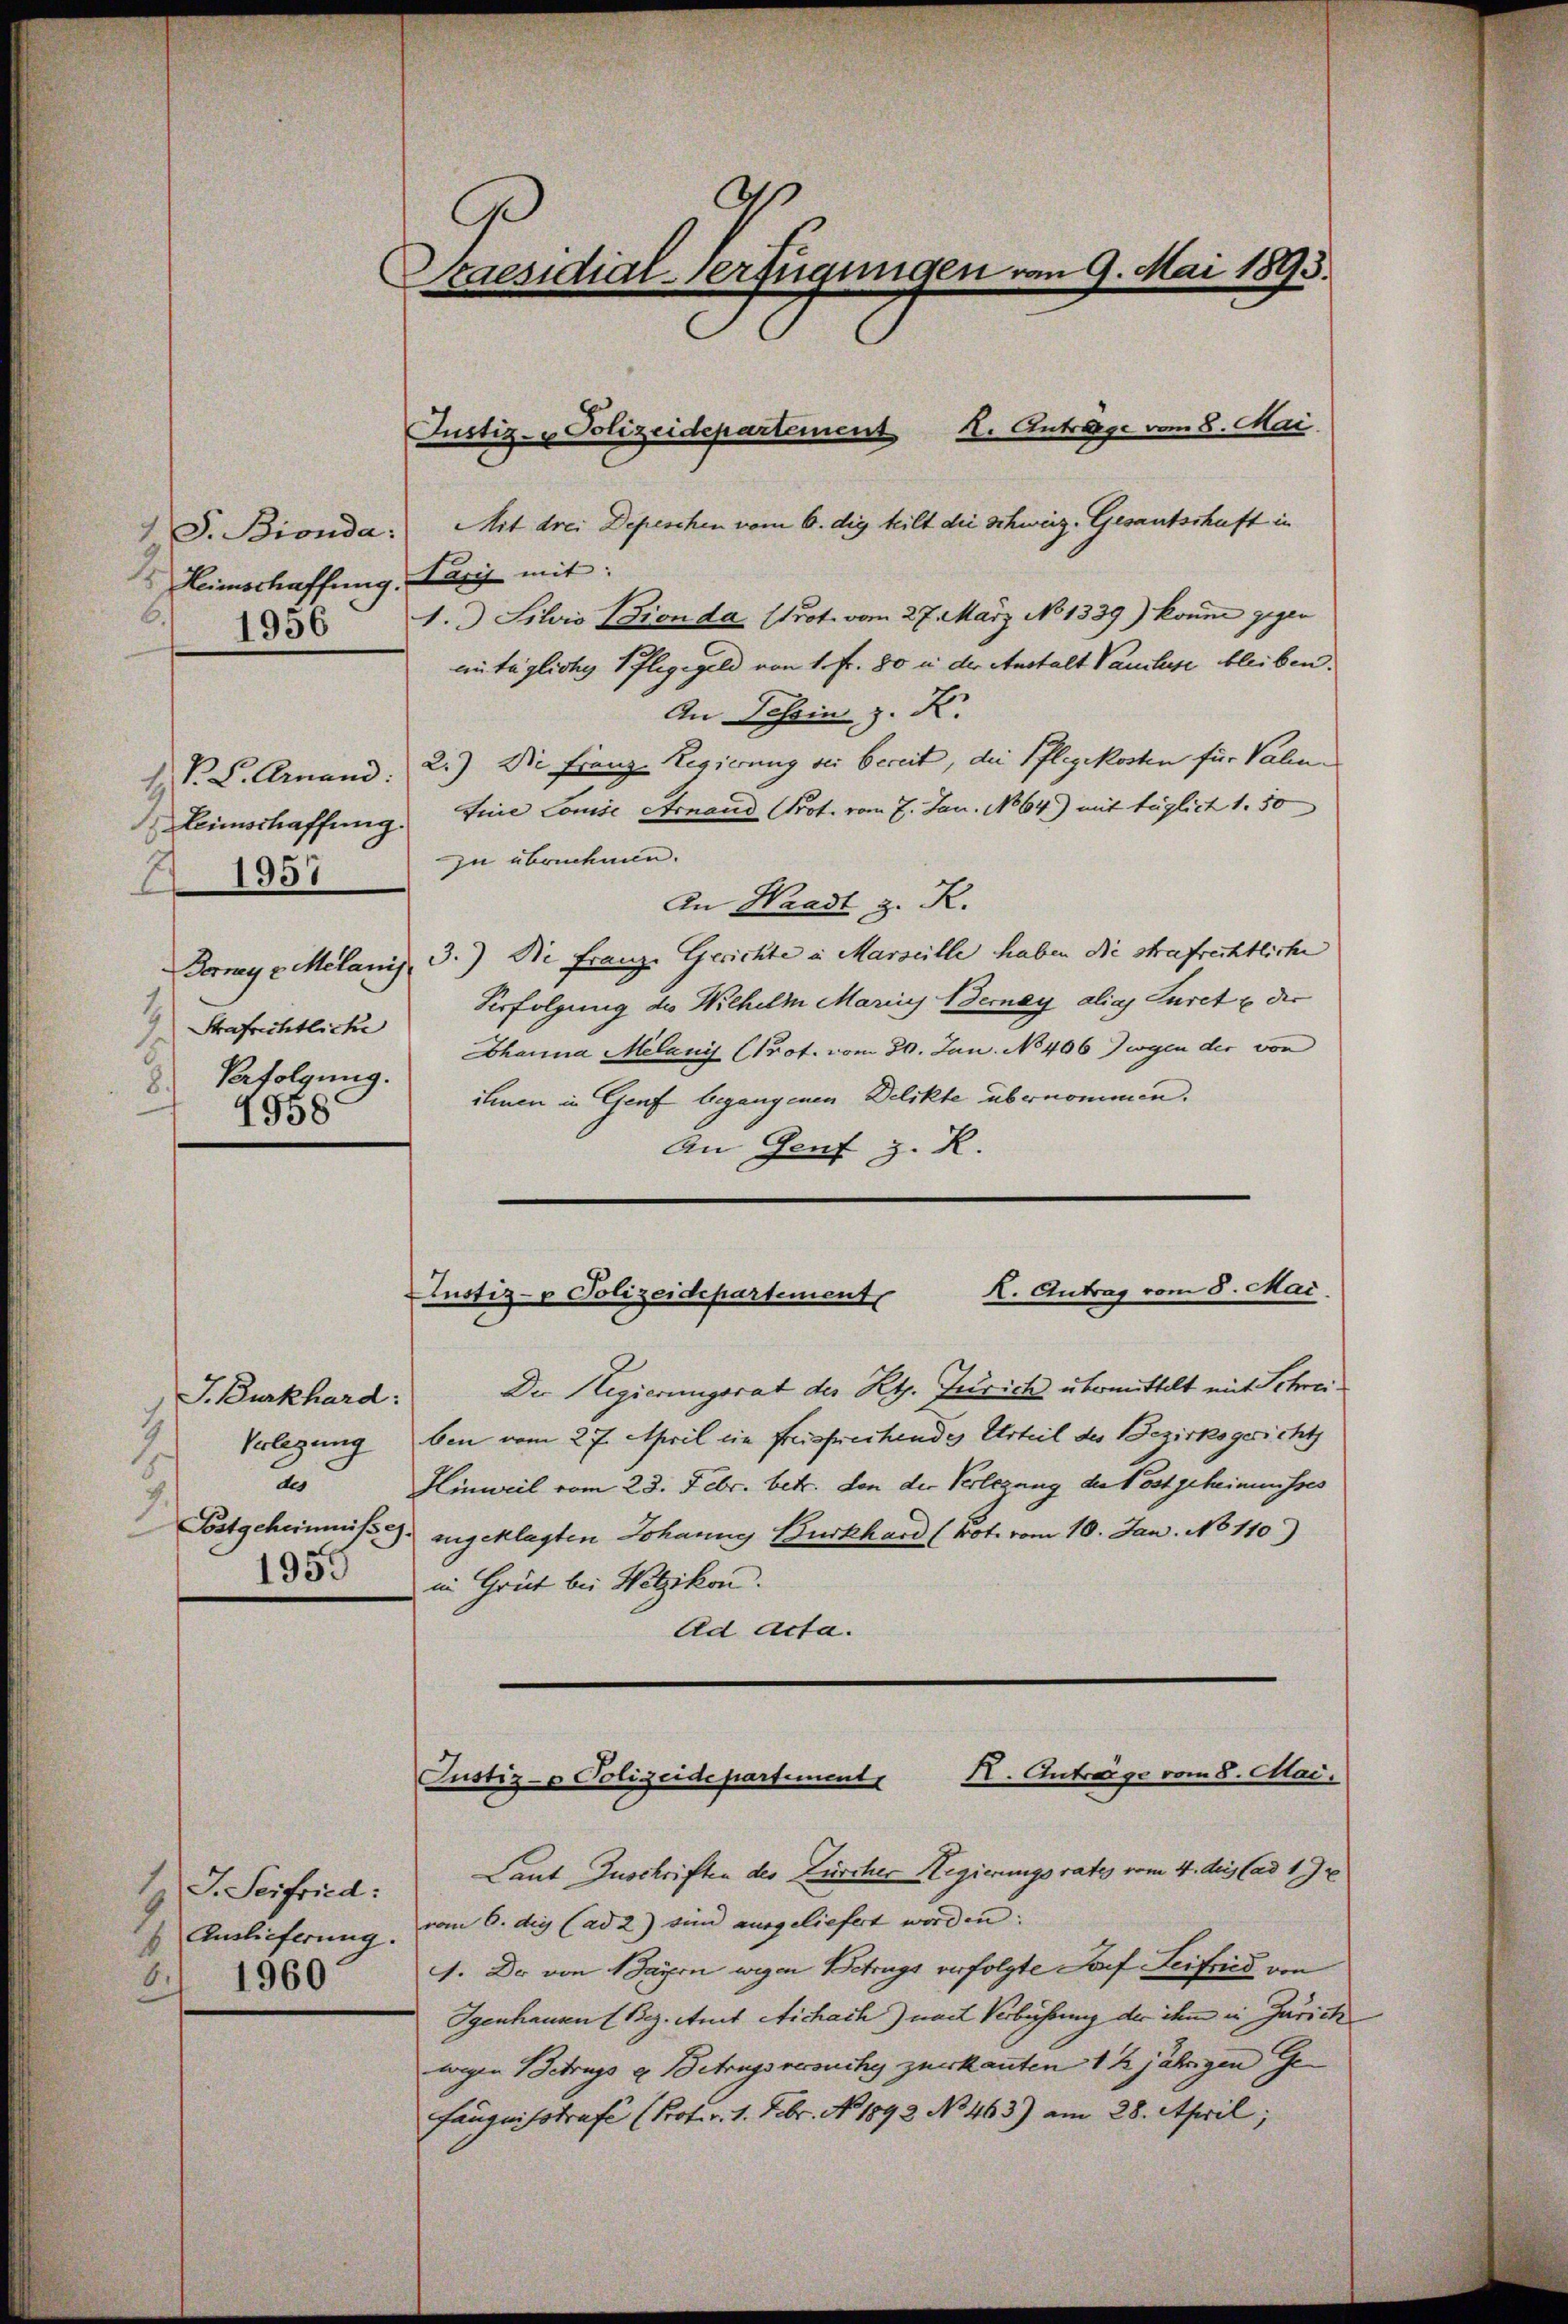
7
J. Bionda:
Heimschaffung.
6. 1936

V. P. Grand:
2
Heimschaffung.
1957
.
Dormy c. Melanis
Strafrichtliche
1
 Verfolgung.
4958

J. Burkhard:
2
Verlegung
de
8.
.
Postgeheimnisse.
1955

1 J. Seifried:
Auslieferung.
Z 1960.

s
Praesidial-Verfügungen vom 9. Mai 1895.

Justiz- & Polizeidepartement

X. Antrage vom 8. Mai.
Mit drei Depeschen vom 6. die teilt die Schweiz. Gesantschaft in
Sarii mit:
1. Silvis Bionda prot. vom 27. März No 1339) könne gegen
mntägliche Pfleggeld von 1. Fr. 80 in der Anstalt Paulus bleiben.
An Tessin z. K.
2.) Die Franz Regierung sei bereit, die Pflegekosten für Valen¬
Eine Louise Arnand Prot. vom 7. Jan. 1864) mit füglich 1. 50
zu übernehmen.
In Waadt z. R.
3.) Die Franze Gerichte in Marseille haben die strafrechtliche
Verfolgung des Wilhelm Mariis Berey alias Juret u der
Bhanna Melani (Prot. vom 30. Jan. No 406 Jwyen der von
ihnen in Genf begangenen Delikte übernommen.
An Genf z. R.
Der Regierungsrat der Rt. Jurich übermittelt mit Schreiben vom 27. April ein freisfrechendes Urteil des Bezirksgericht
Hinweil vom 23. Febr. betr. den die Verlegung der Postgeheimnisses
angeklagten Johanns Burkhard (vot. vom 10. Jan. No 110)
in Grüt bei Wetzikon.
Ad Acta.
K. Antrage vom 8. Mai.
Justiz- & Polizeidepartement
Laut Zuschriften des Zürcher Regierungsrats vom 4. Auslad 1. Ju
vom 6. die (ad 2) sind ausgeliefert worden.
. Dr von Bären wegen Betrugs verfolgte Josef Seifried von
Igenhausen (Bez. Amt Richach) nach Verbüssung der ihn in Zürich
wegen Betrugs u. Betragsversuche zuerkannten 1 ½ jährigen Ge-
fängnißstrafe (Prof. v. 1. Febr. No. 1892 No 463) am 28. April;

K. Antrag vom 8. Mai.
Justiz- & Polizeidepartement